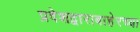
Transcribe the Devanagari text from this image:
प्रवेशद्वाराबाहेरच्या